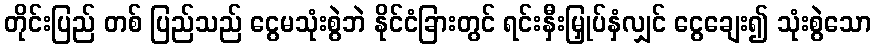
တိုင်းပြည် တစ် ပြည်သည် ငွေမသုံးစွဲဘဲ နိုင်ငံခြားတွင် ရင်းနှီးမြှုပ်နှံလျှင် ငွေချေး၍ သုံးစွဲသော